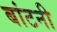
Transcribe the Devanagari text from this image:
बांटनी